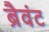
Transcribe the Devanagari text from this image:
ब्रैवंट